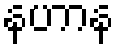
နဟာန